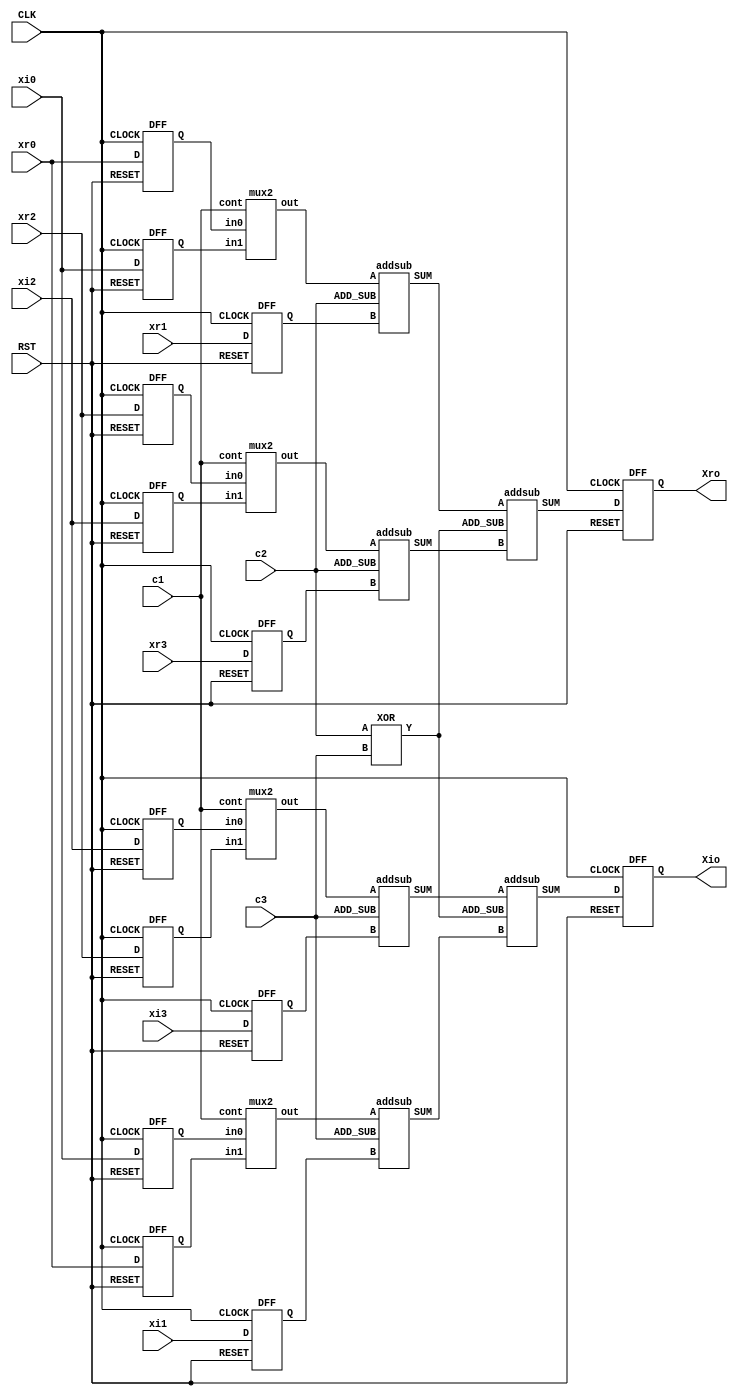
// R4_BUTTERFLY [VER 1.6]

module R4_butter ( 

`ifdef USE_POWER_PINS
    inout vccd1,	// User area 1 1.8V supply
    inout vssd1,	// User area 1 digital ground
`endif 

input [3:0] xr0,xi0, xr1,xi1, xr2,xi2, xr3,xi3,
output [3:0] Xro,Xio,
input c1,c2,c3,
input CLK, RST
);

wire [3:0] m0,m1,m2,m3,s0,s1,s2,s3;
wire m4;
wire [3:0] Q1, Q2, Q3, Q4, Q5, Q6, Q7, Q8, Q9, Q10, Q11, Q12, Q13, Q14;



addsub a0(.A(m0), .B(Q5), .ADD_SUB(c2), .SUM(s0)); 
addsub a1(.A(m2), .B(Q11), .ADD_SUB(c2), .SUM(s1)); 
addsub a2(.A(m1), .B(Q6), .ADD_SUB(c3), .SUM(s2)); 
addsub a3(.A(m3), .B(Q12), .ADD_SUB(c3), .SUM(s3)); 
addsub b0(.A(s0), .B(s1), .ADD_SUB(m4), .SUM(Q13)); 
addsub b1(.A(s3), .B(s2), .ADD_SUB(m4), .SUM(Q14)); 

mux2 mux0(.out(m0),.in0(Q1),.in1(Q2),.cont(c1)); 
mux2 mux1(.out(m1),.in0(Q3),.in1(Q4),.cont(c1)); 
mux2 mux2(.out(m2),.in0(Q7),.in1(Q8),.cont(c1)); 
mux2 mux3(.out(m3),.in0(Q9),.in1(Q10),.cont(c1)); 
XOR xor1(.Y(m4),.A(c2),.B(c3)); 

//FF at the inputs
DFF DFF1  (.Q(Q1), .D(xr0), .CLOCK(CLK), .RESET(RST)); //mux0(in0)
DFF DFF2  (.Q(Q2), .D(xi0), .CLOCK(CLK), .RESET(RST)); //mux0(in1)
DFF DFF3  (.Q(Q3), .D(xi0), .CLOCK(CLK), .RESET(RST)); //mux1(in0)
DFF DFF4  (.Q(Q4), .D(xr0), .CLOCK(CLK), .RESET(RST)); //mux1(in1)
DFF DFF5  (.Q(Q5), .D(xr1), .CLOCK(CLK), .RESET(RST)); //a0(B)
DFF DFF6  (.Q(Q6), .D(xi1), .CLOCK(CLK), .RESET(RST)); //a2(B)
DFF DFF7  (.Q(Q7), .D(xr2), .CLOCK(CLK), .RESET(RST)); //mux2(in0)
DFF DFF8  (.Q(Q8), .D(xi2), .CLOCK(CLK), .RESET(RST)); //mux2(in1)
DFF DFF9  (.Q(Q9), .D(xi2), .CLOCK(CLK), .RESET(RST)); //mux3(in0)
DFF DFF10 (.Q(Q10), .D(xr2), .CLOCK(CLK), .RESET(RST)); //mux3(in1)
DFF DFF11 (.Q(Q11), .D(xr3), .CLOCK(CLK), .RESET(RST)); //a1(B)
DFF DFF12 (.Q(Q12), .D(xi3), .CLOCK(CLK), .RESET(RST)); //a3(B)

//FF at the outputs
DFF DFF13  (.Q(Xro), .D(Q13), .CLOCK(CLK), .RESET(RST)); //b0(SUM)
DFF DFF14  (.Q(Xio), .D(Q14), .CLOCK(CLK), .RESET(RST)); //b1(SUM)

endmodule


module addsub(A, B, ADD_SUB, SUM);

   input [3:0] A;
   input [3:0] B;
   input ADD_SUB;
   output [3:0] SUM;
   wire c,d;
 
   assign c = A + B;
   assign d = A - B;
   assign SUM = ADD_SUB ? c : d;
   
   
endmodule
module XOR(Y, A, B);
  input A;
  input B;
  output Y;

  assign Y= A^B;
  
  endmodule
  
  
module mux2(out, in0, in1, cont);

  input [3:0] in0;
  input [3:0] in1;
  input cont;
  output [3:0] out;

  assign out = cont ? in1:in0;

endmodule

module DFF (
D   , // Data Input
CLOCK    , // Clock Input
RESET  , // Reset input
Q        // Q output
);

  input [3:0] D;
  input CLOCK, RESET;
  output [3:0] Q;
  reg [3:0] Q;

  always @(posedge CLOCK)
    if (~RESET) begin
  Q <= 4'b0000;
end  else begin
  Q <= D;
end

endmodule